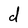
Character: d